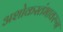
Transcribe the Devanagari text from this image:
अशोकस्तंभावरून